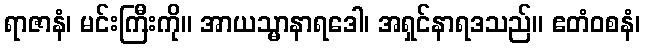
ရာဇာနံ၊ မင်းကြီးကို။ အာယသ္မာနာရဒေါ၊ အရှင်နာရဒသည်။ ဧတံဝစနံ၊